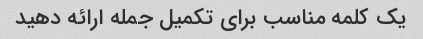
یک کلمه مناسب برای تکمیل جمله ارائه دهید